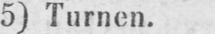
5) Turnen.